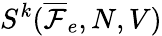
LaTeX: S^{k}(\overline{\mathcal{F}}_{e},N,V)